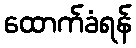
ထောက်ခံရန်